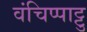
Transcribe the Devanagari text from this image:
वंचिप्पाट्टु